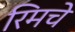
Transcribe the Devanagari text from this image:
रिमचे